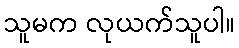
သူမက လုယက်သူပါ။